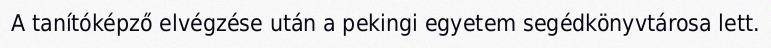
A tanítóképző elvégzése után a pekingi egyetem segédkönyvtárosa lett.